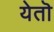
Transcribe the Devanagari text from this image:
येतॊ